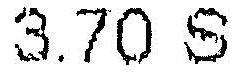
3.70 S